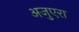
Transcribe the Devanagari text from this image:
अजुएरा